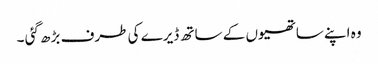
وہ اپنے ساتھیوں کے ساتھ ڈیرے کی طرف بڑھ گئی ۔